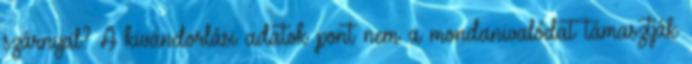
szárnyal? A kivándorlási adatok pont nem a mondanivalódat támasztják